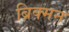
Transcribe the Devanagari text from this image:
ब्रिक्मन